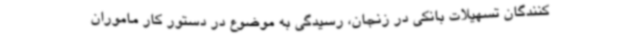
کنندگان تسهیلات بانکی در زنجان، رسیدگی به موضوع در دستور کار ماموران